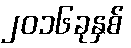
၂၀၁၆ခုနှစ်